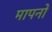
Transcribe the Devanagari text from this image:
मापनो